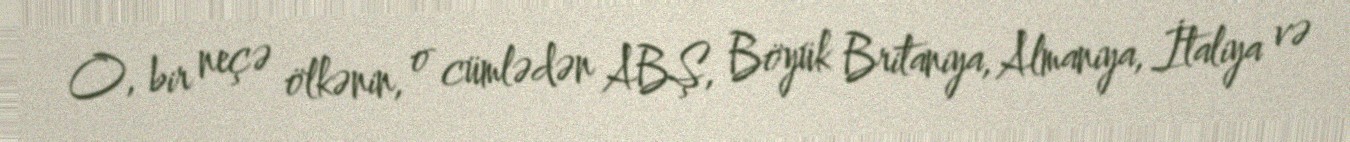
O, bir neçə ölkənin, o cümlədən ABŞ, Böyük Britaniya, Almaniya, İtaliya və